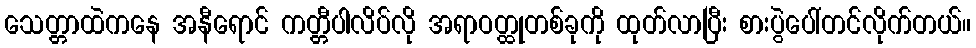
သေတ္တာထဲကနေ အနီရောင် ကတ္တီပါလိပ်လို အရာဝတ္ထုတစ်ခုကို ထုတ်လာပြီး စားပွဲပေါ်တင်လိုက်တယ်။